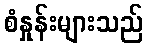
စံနှုန်းများသည်